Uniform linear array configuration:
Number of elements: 32
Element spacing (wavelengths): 0.25
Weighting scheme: blackman
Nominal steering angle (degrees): -45
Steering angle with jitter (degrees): -44.729
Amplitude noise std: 0.05
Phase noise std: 0.05

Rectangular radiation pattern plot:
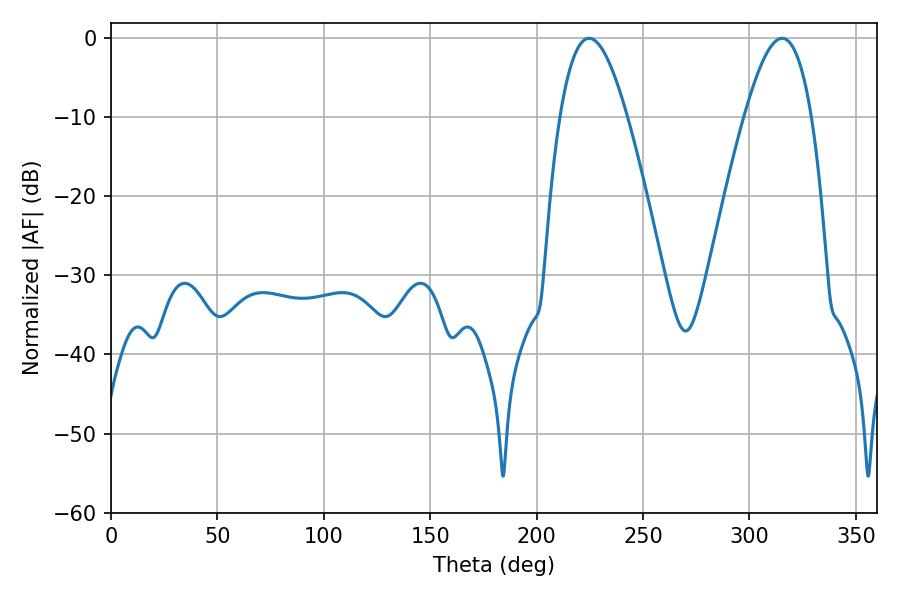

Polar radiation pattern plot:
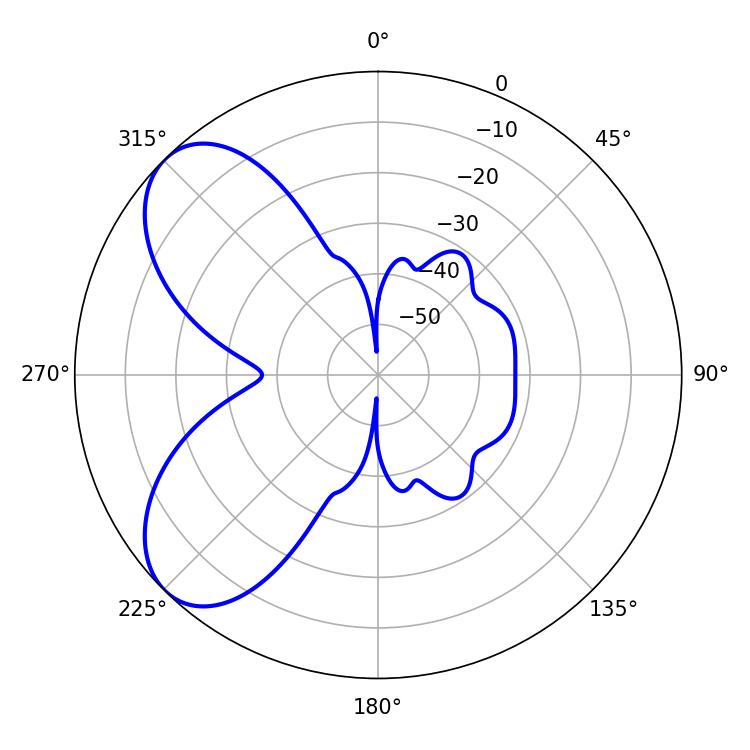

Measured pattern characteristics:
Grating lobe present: FALSE
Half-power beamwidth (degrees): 17.1
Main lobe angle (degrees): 224.64